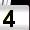
Digit: 4